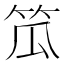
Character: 笟